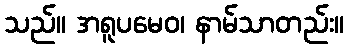
သည်။ အရူပမေဝ၊ နာမ်သာတည်း။